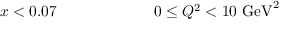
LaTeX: x < 0 . 0 7 ~ ~ ~ ~ ~ ~ ~ ~ ~ ~ ~ ~ ~ ~ ~ ~ ~ ~ ~ 0 \leq Q ^ { 2 } < 1 0 ~ \mathrm { G e V } ^ { 2 }